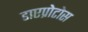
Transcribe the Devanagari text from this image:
डाएप्रोटोस